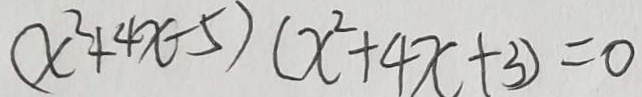
( x ^ { 2 } + 4 x - 5 ) ( x ^ { 2 } + 4 x + 3 ) = 0